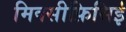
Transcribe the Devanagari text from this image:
मिक्सीफ़िसिई